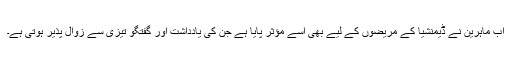
اب ماہرین نے ڈیمنشیا کے مریضوں کے لیے بھی اسے مؤثر پایا ہے جن کی یادداشت اور گفتگو تیزی سے زوال پذیر ہوتی ہے۔